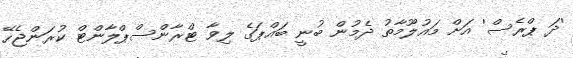
'ދަ ޕްރެސް' އަށް މައުލޫމާތު ދެމުން ބުނީ ބައްޕަގެ ލިވާ ޓްރާންސްޕްލާންޓް ކުރަންޖެހޭ